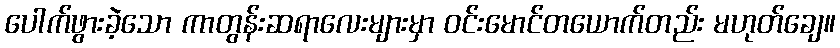
ပေါက်ဖွားခဲ့သော ကာတွန်းဆရာလေးများမှာ ဝင်းမောင်တယောက်တည်း မဟုတ်ချေ။